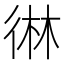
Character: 㣩